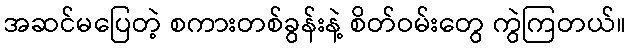
အဆင်မပြေတဲ့ စကားတစ်ခွန်းနဲ့ စိတ်ဝမ်းတွေ ကွဲကြတယ်။